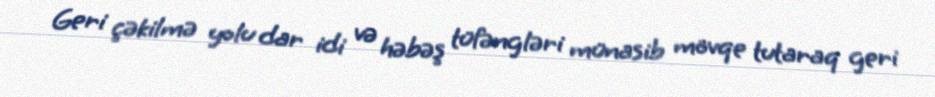
Geri çəkilmə yolu dar idi və həbəş tüfəngləri münasib mövqe tutaraq geri